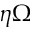
\eta \Omega